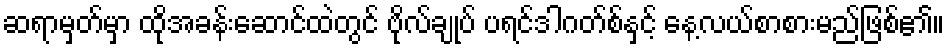
ဆရာမှတ်မှာ ထိုအခန်းဆောင်ထဲတွင် ဗိုလ်ချုပ် ပရင်ဒါဂတ်စ်နှင့် နေ့လယ်စာစားမည်ဖြစ်၏။